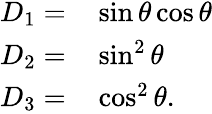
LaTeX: \begin{array}{rl}{D_{1}=}&{{}\sin\theta\cos\theta}\\ {D_{2}=}&{{}\sin^{2}\theta}\\ {D_{3}=}&{{}\cos^{2}\theta.}\end{array}